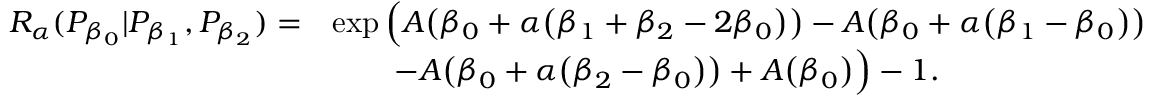
\begin{array} { r l } { { R _ { \alpha } } ( P _ { \beta _ { 0 } } | P _ { \beta _ { 1 } } , P _ { \beta _ { 2 } } ) = } & { \exp \Big ( A \big ( \beta _ { 0 } + \alpha \big ( \beta _ { 1 } + \beta _ { 2 } - 2 \beta _ { 0 } \big ) \big ) - A \big ( \beta _ { 0 } + \alpha \big ( \beta _ { 1 } - \beta _ { 0 } \big ) \big ) } \\ & { \quad \quad - A \big ( \beta _ { 0 } + \alpha \big ( \beta _ { 2 } - \beta _ { 0 } \big ) \big ) + A \big ( \beta _ { 0 } \big ) \Big ) - 1 . } \end{array}